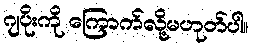
ဂျပိုးကို ကြောက်လို့မဟုတ်ပါ။